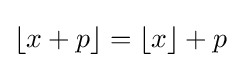
\lfloor x+p\rfloor =\lfloor x\rfloor +p